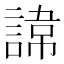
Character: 𮘪